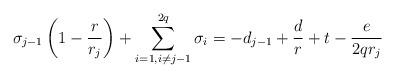
LaTeX: \begin{align*} \sigma_{j-1}\left(1-\frac{r}{r_j}\right)+\sum_{i=1, i\neq j-1}^{2q}\sigma_i =-d_{j-1}+\frac{d}{r}+t-\frac{e}{2qr_j}\end{align*}